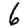
Digit: 6